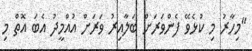
"މިހާރު މި ކުޅެވޭ ފެންވަރަށް ބަލާއިރު ވަރަށް އުއްމީދު އެބަ އޮތް މި